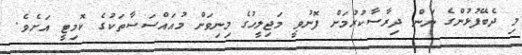
މި ދެބޭފުޅުންގެ ނަން ދިރާސާކުރުމަށް ފޮނުވީ މަޖިލީހުގެ މިނިވަން މުއައްސަސާތަކުގެ ކޮމިޓީ އަށެވެ.